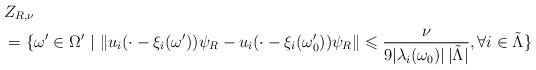
LaTeX: \begin{align*}& Z_{R,\nu} \\& =\{\omega'\in\Omega'\ | \ \|u_i(\cdot-\xi_i(\omega'))\psi_R-u_i(\cdot-\xi_i(\omega_0'))\psi_R\|\leqslant \frac{\nu}{9|\lambda_i(\omega_0)|\,|\tilde{\Lambda}|},\forall i\in\tilde{\Lambda}\}\end{align*}